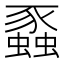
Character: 蟸